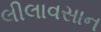
લીલાવસાન